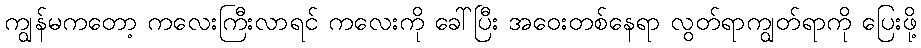
ကျွန်မကတော့ ကလေးကြီးလာရင် ကလေးကို ခေါ်ပြီး အဝေးတစ်နေရာ လွတ်ရာကျွတ်ရာကို ပြေးဖို့